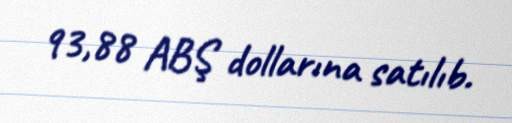
93,88 ABŞ dollarına satılıb.